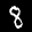
Label: 8